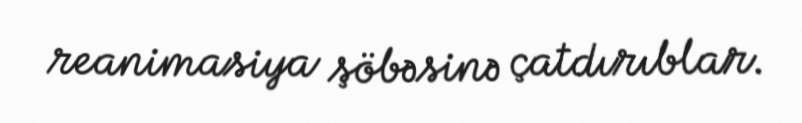
reanimasiya şöbəsinə çatdırıblar.